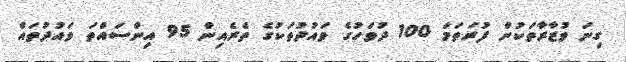
ގިނަ ވުޒާރާތަކުން ފުރަތަމަ 100 ދުވަހުގެ ވައުދުތަކުގެ ތެރެއިން 95 އިންސައްތަ ވައުދުތައް